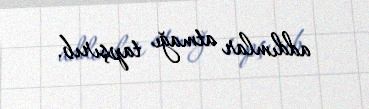
addımlar atmağı tapşırıb.